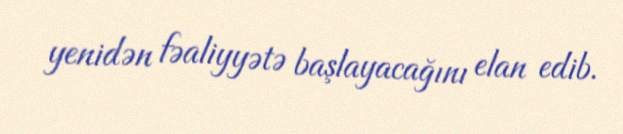
yenidən fəaliyyətə başlayacağını elan edib.